Note on the mental hospitals in Burma - 1925-1940
Year: 1925
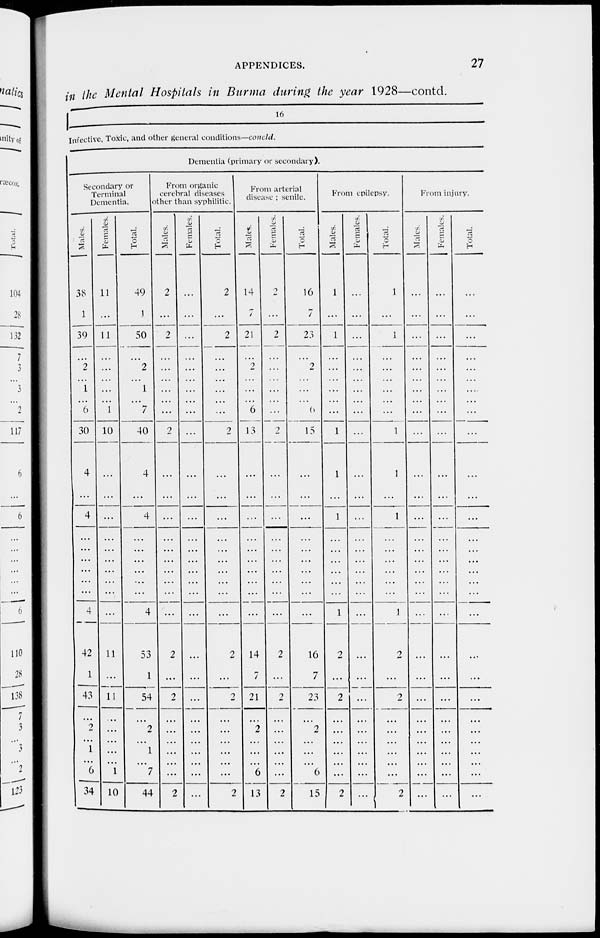
APPENDICES.
27
in the Mental Hospitals in Burma during the year 1928—contd.
1
Infective, Toxic, and other general conditions—concld.
Dementia (primary or secondary).
Secondary or
Terminal
Dementia.
Males.
38
1
39
...
2
...
1
...
6
30
4
4
...
...
...
...
...
...
4
42
1
43
...
2
...
1
...
6
3 4
Females.
11
...
11
...
...
...
...
...
1
10
...
...
...
...
...
...
...
...
...
11
...
11
...
...
...
...
...
1
10
Total.
49
1
50
...
2
...
1
...
7
40
4
4
...
...
...
...
...
...
4
53
1
54
...
2
...
1
...
7
44
From organic
cerebral diseases
other than syphilitic.
Males.
2
...
2
...
...
...
...
...
...
2
...
...
...
...
...
...
...
...
...
2
...
2
...
...
...
...
...
...
2
Females.
...
...
...
...
...
...
...
...
...
...
...
...
...
...
...
...
...
...
...
...
...
...
...
...
...
...
...
...
...
Total.
2
...
2
...
...
...
...
...
...
2
...
...
...
...
...
...
...
...
...
2
...
2
...
...
...
...
...
...
2
From arterial
disease ; senile.
Males.
14
7
21
...
2
...
...
...
6
13
...
...
...
...
...
...
...
...
...
14
7
21
...
2
...
...
...
6
13
Females.
2
...
2
...
...
...
...
...
...
2
...
...
...
...
...
...
...
...
...
2
...
2
...
...
...
...
...
...
2
Total.
16
7
23
...
2
...
...
...
6
15
...
...
...
...
...
...
...
...
...
16
7
23
...
2
...
...
...
6
15
From epilepsy.
Males.
1
...
1
...
...
...
...
...
...
1
1
1
...
...
...
...
...
...
1
2
...
2
...
...
...
...
...
...
2
Females.
...
...
...
...
...
...
...
...
...
...
...
...
...
...
...
...
...
...
...
...
...
...
...
...
...
...
...
...
...
Total.
1
...
1
...
...
...
...
...
...
1
1
1
...
...
...
...
...
...
1
2
...
2
...
...
...
...
...
...
2
From injury.
Males.
...
...
...
...
...
...
...
...
...
...
...
...
...
...
...
...
...
...
...
...
...
...
...
...
...
...
...
...
...
Females.
...
...
...
...
...
...
...
...
...
...
...
...
...
...
...
...
...
...
...
...
...
...
...
...
...
...
...
...
...
Total.
...
...
...
...
...
...
...
...
...
...
...
...
...
...
...
...
...
...
...
...
...
...
...
...
...
...
...
...
...